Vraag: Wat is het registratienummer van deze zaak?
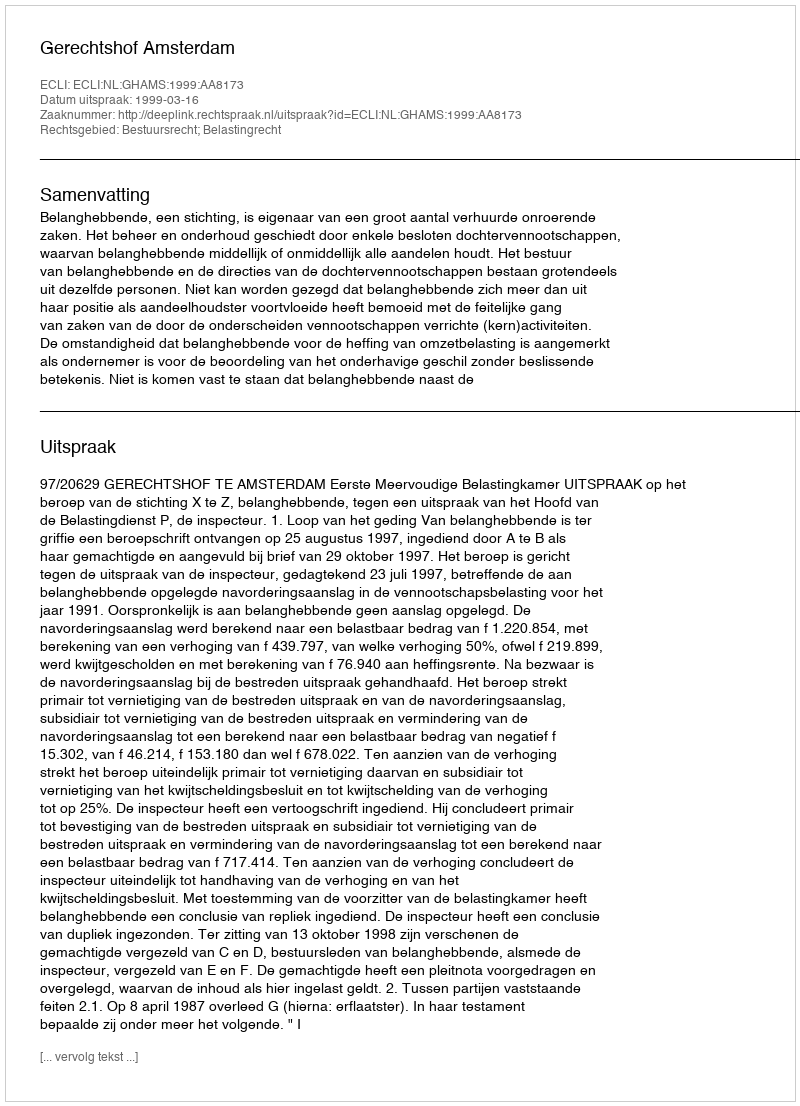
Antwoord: http://deeplink.rechtspraak.nl/uitspraak?id=ECLI:NL:GHAMS:1999:AA8173